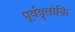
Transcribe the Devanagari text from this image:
पूर्ववृतोक्ति